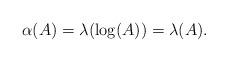
LaTeX: \begin{align*}\alpha(A) = \lambda(\log(A)) = \lambda(A).\end{align*}